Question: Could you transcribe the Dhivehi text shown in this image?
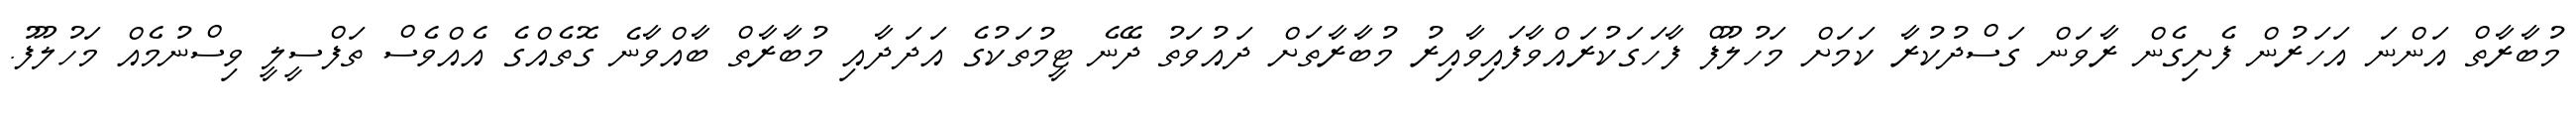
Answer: މުބާރާތް އަންނަ އަހަރުން ފެށިގެން ރާވަން ގަސްދުކުރާ ކަމަށް މަހުލޫފް ފާހަގަކުރައްވާފައިވާއިރު މުބާރާތަށް ދައުވަތު ދޭނެ ޓީމުތަކުގެ އަދަދާއި މުބާރާތް ބާއްވާނެ ގޮތެއްގެ އެއްވެސް ތަފްސީލީ ވިސްނުމެއް މަހުލޫފު.